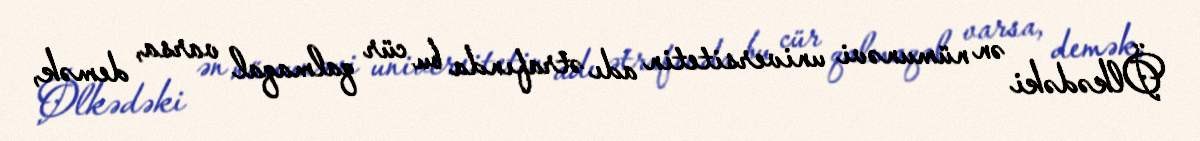
Ölkədəki ən nümunəvi universitetin adı ətrafında bu cür qalmaqal varsa, demək,